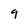
Character: 9